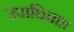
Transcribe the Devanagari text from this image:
उपाधिप्राप्त